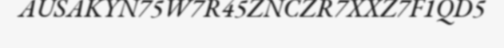
AUSAKYN75W7R45ZNCZR7XXZ7F1QD5